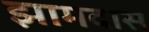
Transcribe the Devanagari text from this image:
झामदास